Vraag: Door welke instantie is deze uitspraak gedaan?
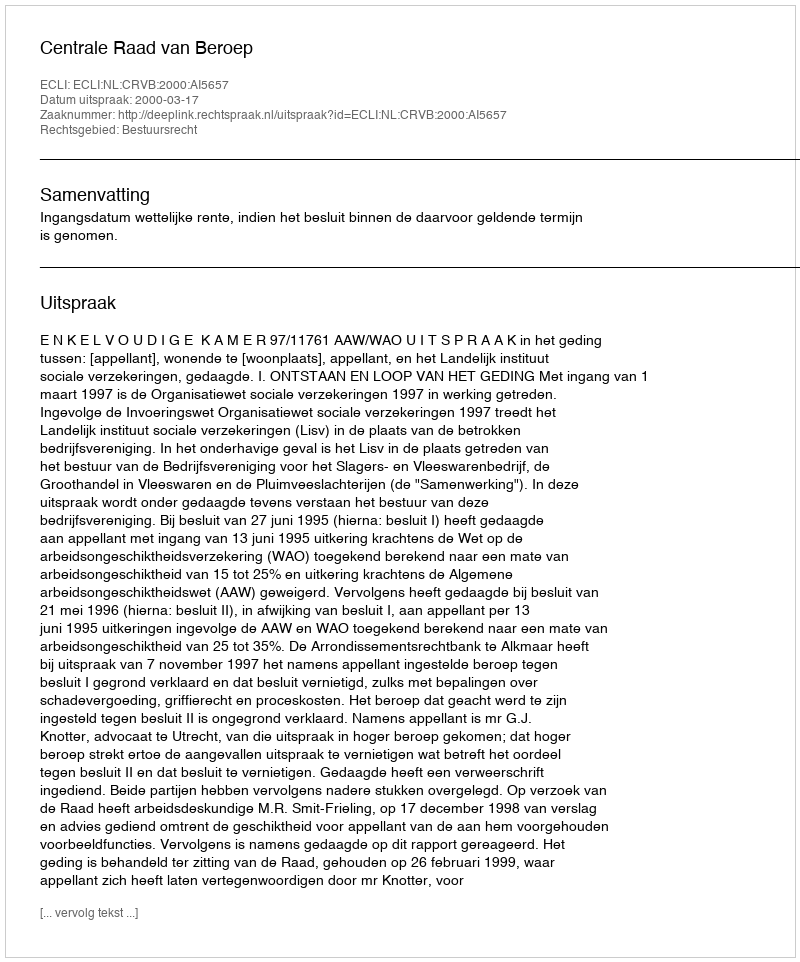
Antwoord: Centrale Raad van Beroep